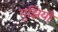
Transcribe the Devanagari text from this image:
गुझियाँ